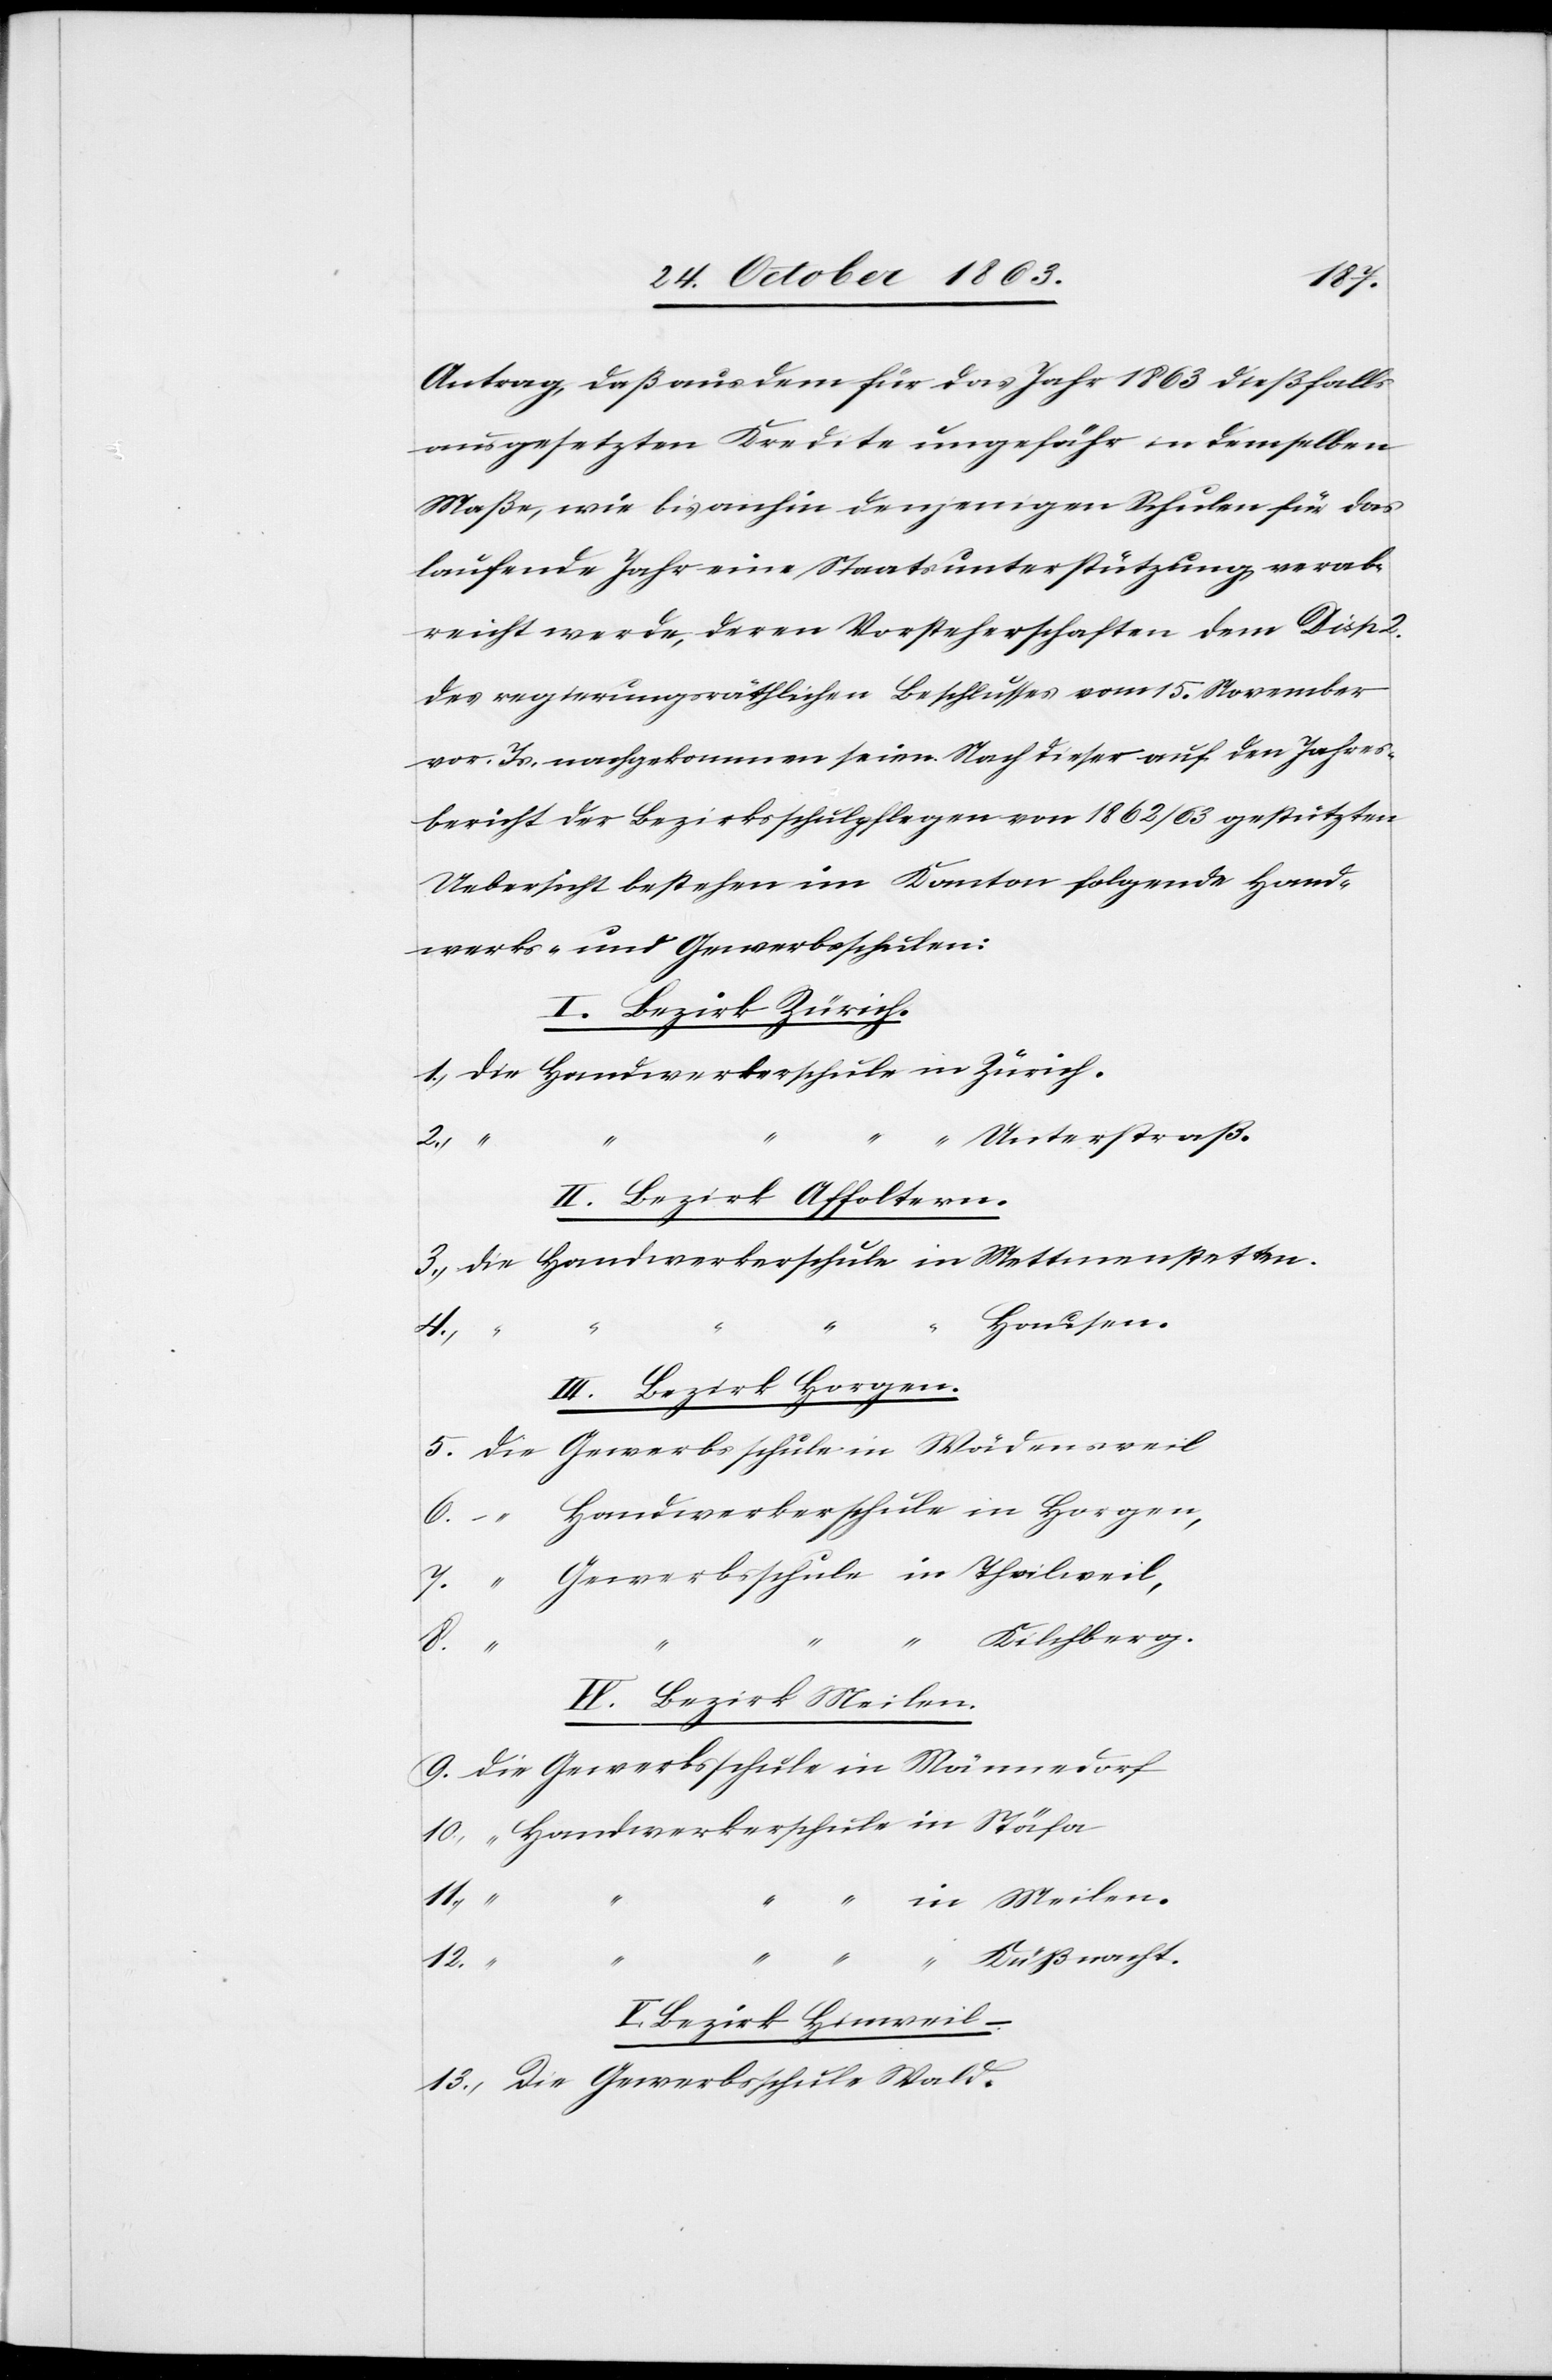
Antrag, daß aus dem für das Jahr 1863 dießfalls
ausgesetzten Kredite ungefähr in demselben
Maße, wie bisanhin denjenigen Schulen für das
laufende Jahr eine Staatsunterstützung verab¬
reicht werde, deren Vorsteherschaften dem Dis¬
des regierungsräthlichen Beschlusses vom 15. November
vor. Js. nachgekommen seien. Nach dieser auf den Jahres¬
bericht der Bezirksschulpflegen von 1862/63 gestützten
Uebersicht bestehen im Kanton folgende Hand¬
werks- und Gewerbsschulen:
I. Bezirk Zürich.
1. Die Handwerkerschule in Zürich.
“ Unterstraß.
2.
II. Bezirk Affoltern.
3. Die Handwerkerschule in Mettmenstetten.
Hausen.
III. Bezirk Horgen.
5. Die Gewerbsschule in Wädensweil
6.	“ Handwerkerschule in Horgen,
7.	“ Gewerbsschule in Thalweil,
“ Kilchberg.
IV. Bezirk Meilen.
9. Die Gewerbsschule in Männedorf
10.	“ Handwerkerschule in Stäfa
“ Küßnacht.
V. Bezirk Hinweil.
13. Die Gewerbsschule Wald.